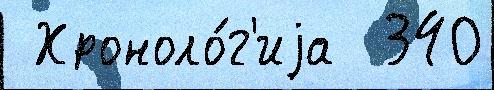
 Хроноло́г'иjа  340